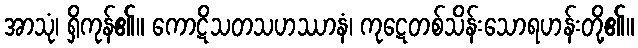
အာသုံ၊ ရှိကုန်၏။ ကောဋိသတသဟဿာနံ၊ ကုဋေတစ်သိန်းသောရဟန်းတို့၏။